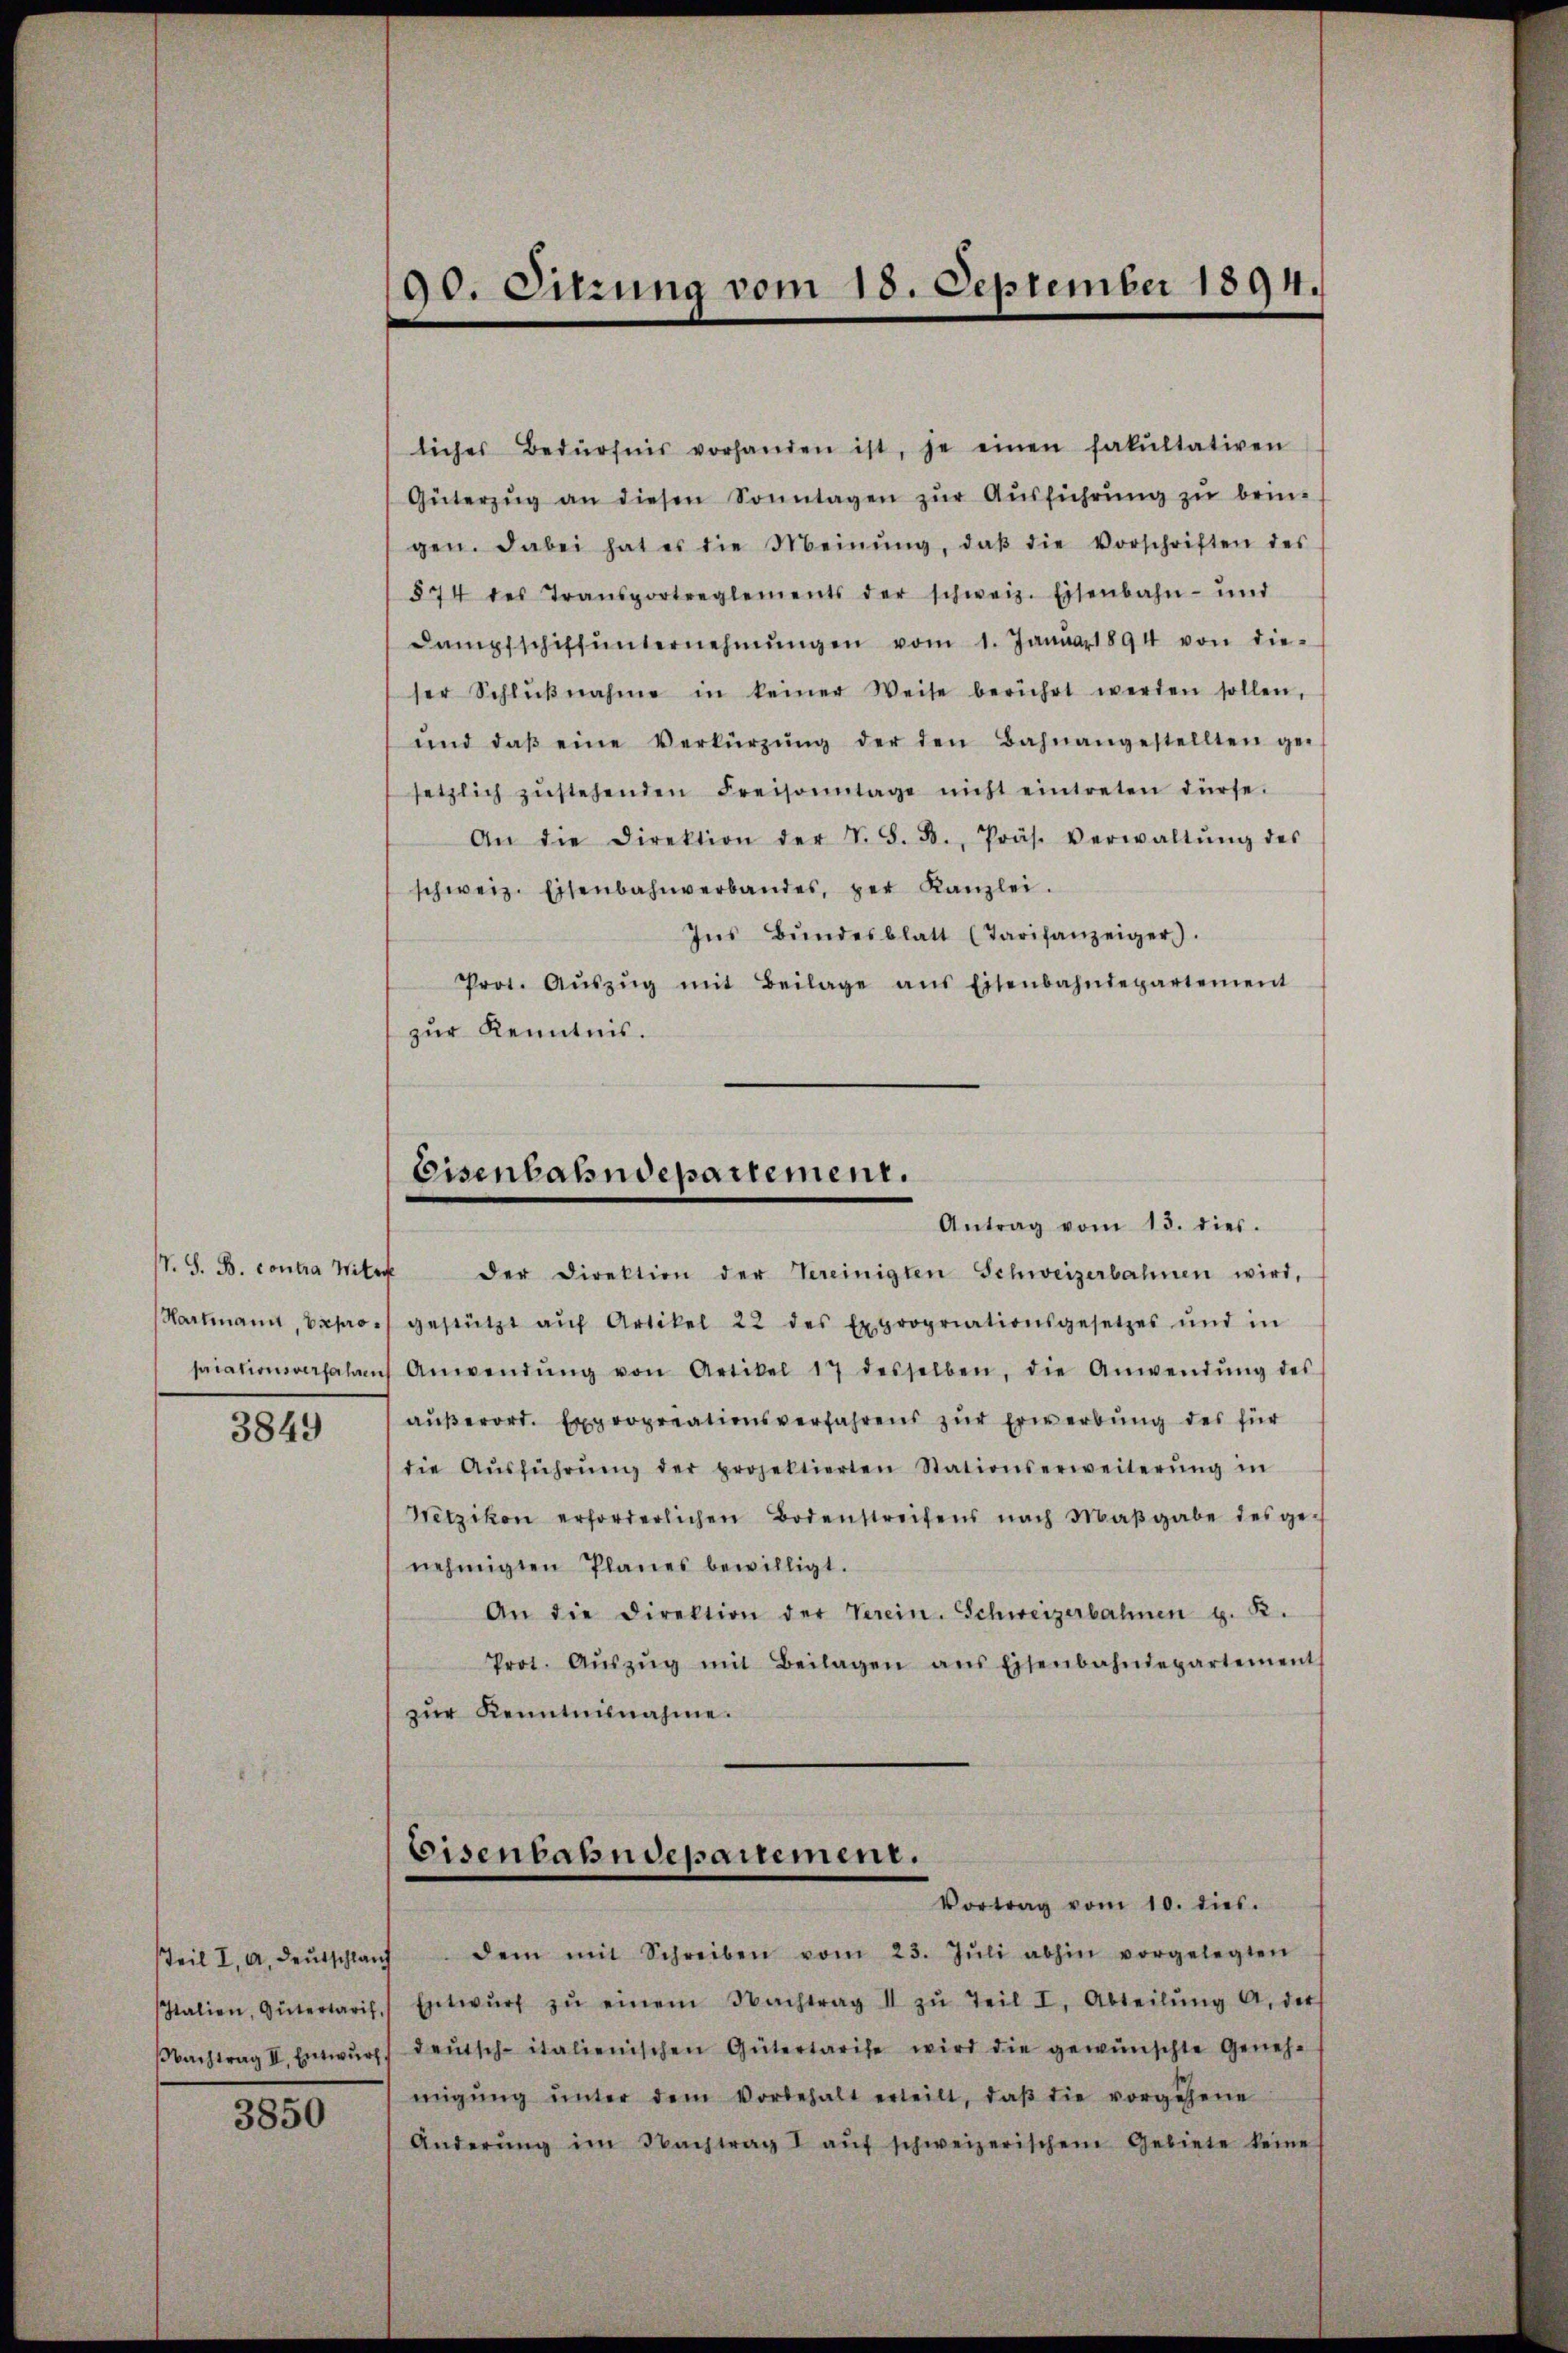
3849

3850

190. Sitzung vom 18. September 1894.

liches Bedürfnis vorhanden ist, je einen fakultativen
Güterzŭg an diesen Sonntagen zŭr Aŭsführŭng zŭ brin-
gen. Dabei hat es die Meinŭng, daβ die Vorschriften des
574 des Transportreglements der schweiz. Eisenbahn- und
Dampfschiff ŭnternehmungen vom 1. Januar 1894 von die-
ser Schlŭβnahme in keiner Weise berührt werden sollen,
ŭnd daβ eine Verkürzung der den Bahnangestellten ge-
setzlich zŭstehenden Freisonntage nicht eintreten dürfe.
An die Direktion der V. S. B., Präs. Verwaltŭng des
schweiz. Eisenbahnverbandes, per Kanzlei.
Ins Bŭndesblatt (Tarifanzeiger).
Prot. Aŭszŭg mit Beilage ans Eisenbahndepartement
zur Kenntnis.

Eisenbahndepartement.
Antrag vom 13. dies.

IV. S. B. contra Wite der Direktion der Vereinigten Schweizerbahnen wird,
Hartmann, Sapo gestützt aŭf Artikel 22 des Expropriationsgesetzes und in
siationsverfahren Anwendŭng von Artikel 17 desselben, die Anwendŭng des
aŭβerord. Expropriationsverfahrens zur Erwerbung des für
die Aŭsführŭng der projektierten Stationserweiterŭng in
Wetzikon erforderlichen Bodenstreifens nach Maβgabe des ge-
nehmigten Planes bewilligt.
An die Direktion der Verein. Schweizerbahnen z. B.
Prot. Aŭszŭg mit Beilagen ans Eisenbahndepartement
zŭr Kenntnisnahme.

Eisenbahndepartement.
Vortrag vom 10. dies.

Teil I. A. deŭtschlaŭf dem mit Schreiben vom 23. Jŭli abhin vorgelegten
alien, Gütertaris. Entwŭrf zŭ einem Nachtrag II zŭ Teil I, Abteilŭng a. der
Nachtrag II. Entwŭrf deŭtsch-italienischen Gütertarise wird die gewünschte Geneh-
migŭng ŭnter dem Vorbehalt erteilt, daβ die vorgehene
Änderŭng im Nachtrag I aŭf schweizerischem Gebiete keine